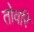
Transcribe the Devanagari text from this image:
तोवरि